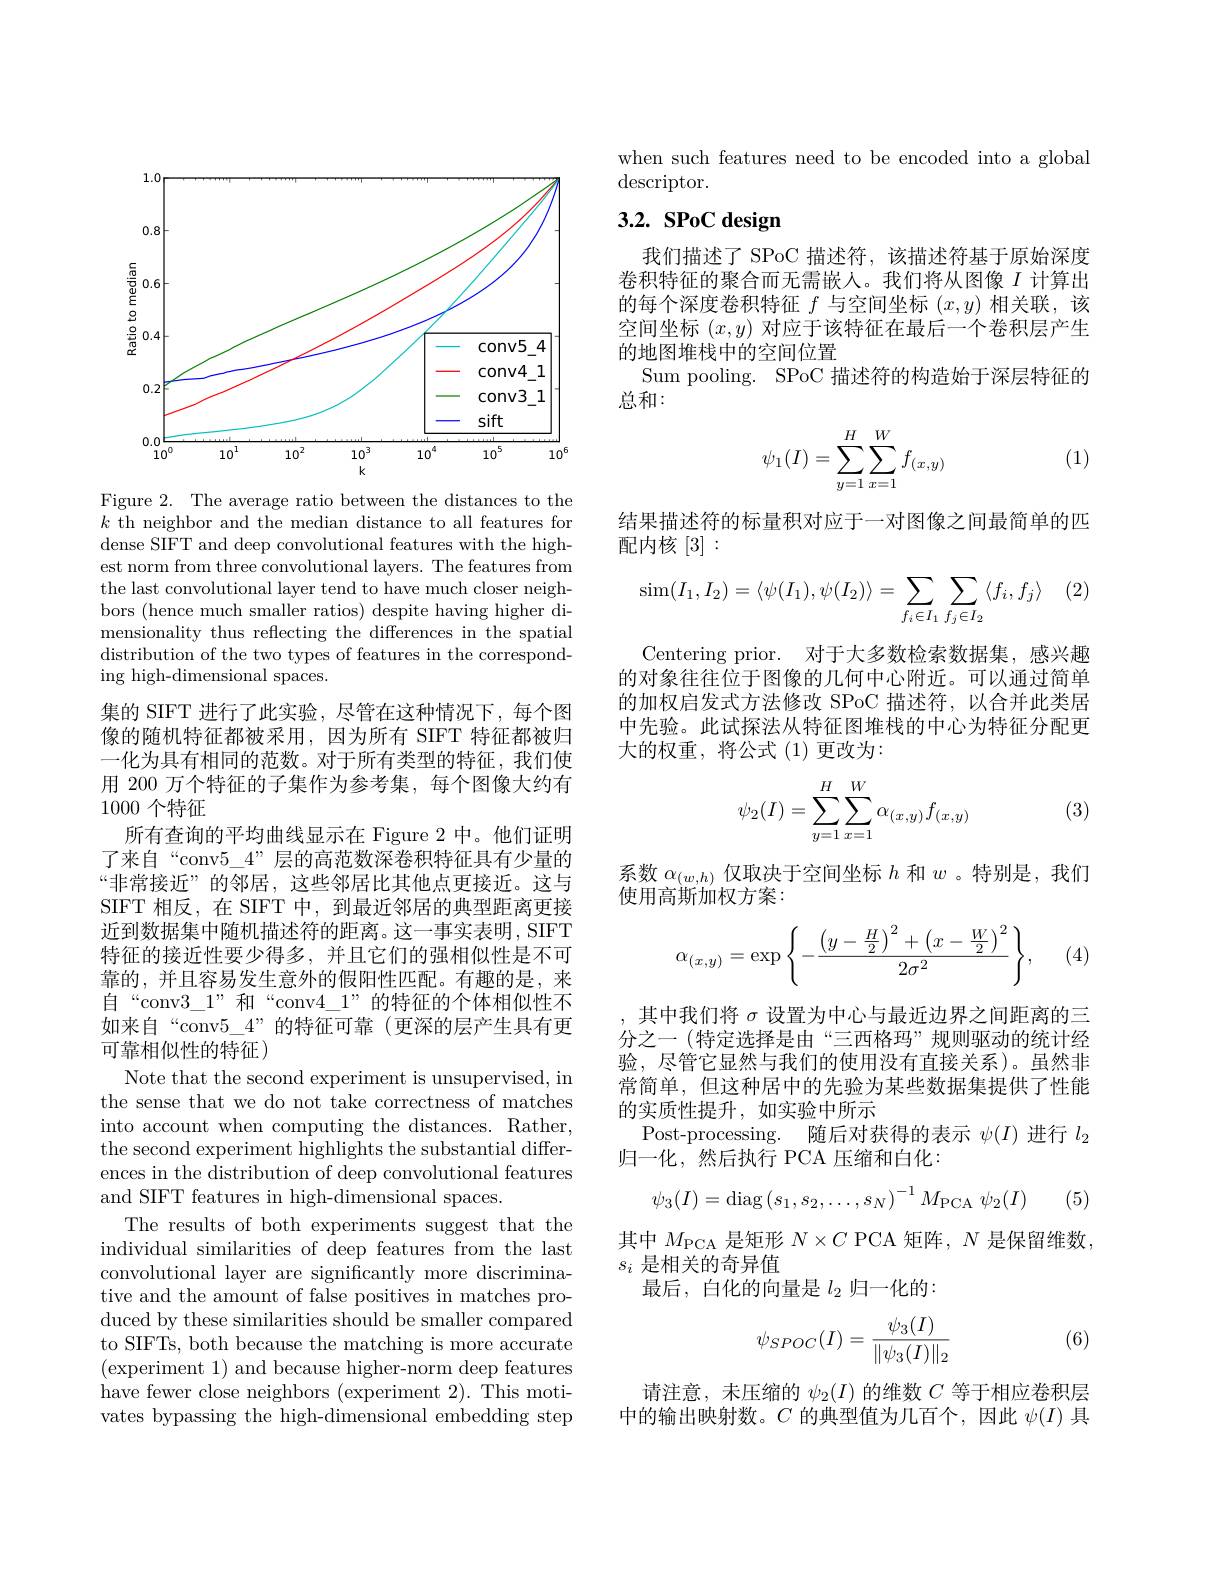
<FigureHere>

Figure 2. The average ratio between the distances to the $k$ th neighbor and the median distance to all features for dense SIFT and deep convolutional features with the highest norm from three convolutional layers. The features from the last convolutional layer tend to have much closer neighbors (hence much smaller ratios) despite having higher dimensionality thus reflecting the differences in the spatial distribution of the two types of features in the corresponding high-dimensional spaces.
集的 SIFT 进行了此实验，尽管在这种情况下，每个图像的随机特征都被采用，因为所有 SIFT 特征都被归一化为具有相同的范数。对于所有类型的特征，我们使用 200 万个特征的子集作为参考集，每个图像大约有1000个特征
所有查询的平均曲线显示在 Figure 2 中。他们证明了来自“conv$5\_4$”层的高范数深卷积特征具有少量的“非常接近”的邻居，这些邻居比其他点更接近。这与SIFT 相反，在 SIFT 中，到最近邻居的典型距离更接近到数据集中随机描述符的距离。这一事实表明，SIFT 特征的接近性要少得多，并且它们的强相似性是不可靠的，并且容易发生意外的假阳性匹配。有趣的是，来自“conv$3\_1”$和“conv$4\_1”$的特征的个体相似性不如来自“conv$5\_4”$的特征可靠(更深的层产生具有更可靠相似性的特征)
Note that the second experiment is unsupervised, in the sense that we do not take correctness of matches into account when computing the distances. Rather, the second experiment highlights the substantial differences in the distribution of deep convolutional features and SIFT features in high-dimensional spaces.
The results of both experiments suggest that the individual similarities of deep features from the last convolutional layer are significantly more discriminative and the amount of false positives in matches produced by these similarities should be smaller compared to SIFTs, both because the matching is more accurate (experiment 1) and because higher-norm deep features have fewer close neighbors (experiment 2). This motivates bypassing the high-dimensional embedding step

when such features need to be encoded into a global
$\operatorname{descriptor}.$

# $3. 2. \textbf{ SPoC design}$

我们描述了 SPoC 描述符，该描述符基于原始深度卷积特征的聚合而无需嵌人。我们将从图像$I$计算出的每个深度卷积特征$f$与空间坐标$(x,y)$相关联，该空间坐标$(x,y)$对应于该特征在最后一个卷积层产生的地图堆栈中的空间位置
Sum pooling. SPoC 描述符的构造始于深层特征的
总和：

(1)
$$\psi_1(I)=\sum_{y=1}^{H}\sum_{x=1}^{W}f_{(x,y)}$$
结果描述符的标量积对应于一对图像之间最简单的匹
配内核[3]:

(2)
$$\sin(I_1,I_2)=\langle\psi(I_1),\psi(I_2)\rangle=\sum_{f_i\in I_1}\sum_{f_j\in I_2}\langle f_i,f_j\rangle $$
Centering prior. 对于大多数检索数据集，感兴趣的对象往往位于图像的几何中心附近。可以通过简单的加权启发式方法修改 SPoC 描述符，以合并此类居中先验。此试探法从特征图堆栈的中心为特征分配更大的权重，将公式(1)更改为：

(3)
$$\psi_2(I)=\sum\limits_{y=1}^H\sum\limits_{x=1}^W\alpha_{(x,y)}f_{(x,y)}$$
系数$\alpha_{(w,h)}$仅取决于空间坐标$h$和$w$ 。特别是，我们
使用高斯加权方案：
$$\alpha_{(x,y)}=\exp\left\{-\frac{\left(y-\frac{H}{2}\right)^2+\left(x-\frac{W}{2}\right)^2}{2\sigma^2}\right\},$$
(4)

其中我们将$\sigma$设置为中心与最近边界之间距离的三分之一 (特定选择是由“三西格玛”规则驱动的统计经验，尽管它显然与我们的使用没有直接关系)。虽然非常简单，但这种居中的先验为某些数据集提供了性能的实质性提升，如实验中所示
Post-processing. 随后对获得的表示$\psi(I)$进行$l_2$
归一化，然后执行 PCA 压缩和白化：
$$\psi_3(I)=\mathrm{diag}\left(s_1,s_2,\ldots,s_N\right)^{-1}M_\mathrm{PCA}\:\psi_2(I)$$
(5)

其中$M_\mathrm{PCA}$是矩形$N\times C$ PCA 矩阵，$N$是保留维数，
$s_i$是相关的奇异值
最后，白化的向量是$l_{2}$归一化的：
$$\psi_{SPOC}(I)=\frac{\psi_3(I)}{\|\psi_3(I)\|_2}$$
(6)

请注意，未压缩的$\psi_2(I)$的维数$C$等于相应卷积层中的输出映射数。$C$的典型值为几百个，因此$\psi(I)$具